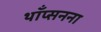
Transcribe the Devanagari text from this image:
थाँप्सनना